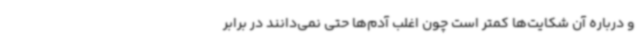
و درباره آن شکایت‌ها کمتر است چون اغلب آدم‌ها حتی نمی‌دانند در برابر